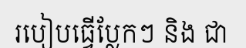
របៀបធ្វើប្លែកៗ និង ជា